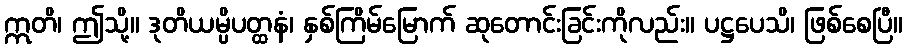
ဣတိ၊ ဤသို့။ ဒုတိယမ္ပိပတ္ထနံ၊ နှစ်ကြိမ်မြောက် ဆုတောင်းခြင်းကိုလည်း။ ပဋ္ဌပေသိ၊ ဖြစ်စေပြီ။